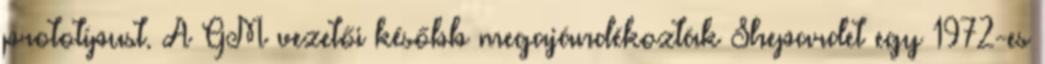
prototípust. A GM vezetői később megajándékozták Shepardet egy 1972-es